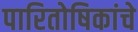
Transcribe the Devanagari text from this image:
पारितोषिकांचे